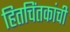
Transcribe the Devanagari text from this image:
हितचिंतकांची